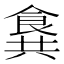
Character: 𩛛